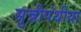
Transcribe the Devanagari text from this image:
सुन्नीपंथीया